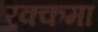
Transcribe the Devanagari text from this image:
रक्कमा